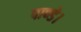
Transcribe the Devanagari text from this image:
पाण्डे।